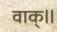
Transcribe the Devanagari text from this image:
वाक्॥